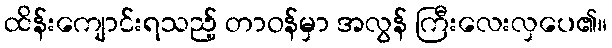
ထိန်းကျောင်းရသည့် တာဝန်မှာ အလွန် ကြီးလေးလှပေ၏။